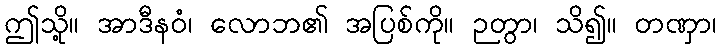
ဤသို့။ အာဒီနဝံ၊ လောဘ၏ အပြစ်ကို။ ဉတွာ၊ သိ၍။ တဏှာ၊